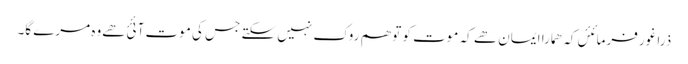
ذرا غور فرمائئں کہ ھمارا ایمان ھے کہ موت کو تو ھم روک نہیں سکتے جس کی موت آئئ ھےوہ مرے گا۔